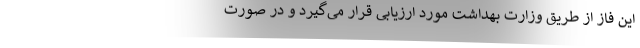
این فاز از طریق وزارت بهداشت مورد ارزیابی قرار می‌گیرد و در صورت